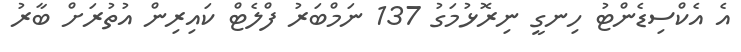
އެ އެކްސިޑެންޓު ހިނގީ ނިރޮޅުމަގު 137 ނަމްބަރު ފްލެޓް ކައިރިން އުތުރަށް ބާރު